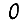
Digit: 0